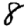
Digit: 8